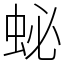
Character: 䖩